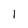
Character: l